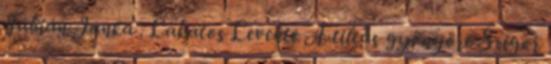
Fábián Janka . Lakatos Levente A tiltás gyönyöre Szigor